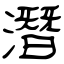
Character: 潛